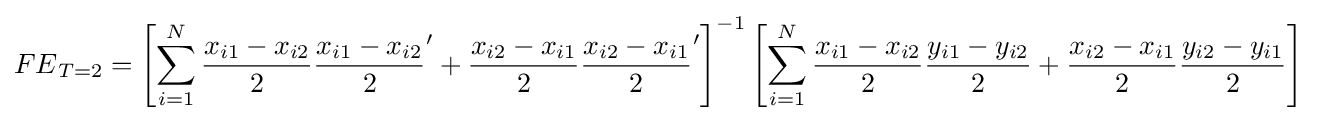
{FE}_{T=2}=\left[\sum _{i=1}^{N}{\dfrac {x_{i1}-x_{i2}}{2}}{\dfrac {x_{i1}-x_{i2}}{2}}'+{\dfrac {x_{i2}-x_{i1}}{2}}{\dfrac {x_{i2}-x_{i1}}{2}}'\right]^{-1}\left[\sum _{i=1}^{N}{\dfrac {x_{i1}-x_{i2}}{2}}{\dfrac {y_{i1}-y_{i2}}{2}}+{\dfrac {x_{i2}-x_{i1}}{2}}{\dfrac {y_{i2}-y_{i1}}{2}}\right]